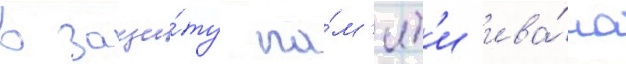
в защи́ту па́м'ят'и ива́на